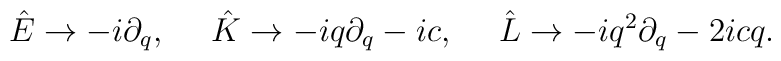
\hat{E}\rightarrow -i\partial_q,~~~~\hat{K}\rightarrow -iq\partial_q-ic,~~~~\hat{L}\rightarrow -iq^2\partial_q-2icq.